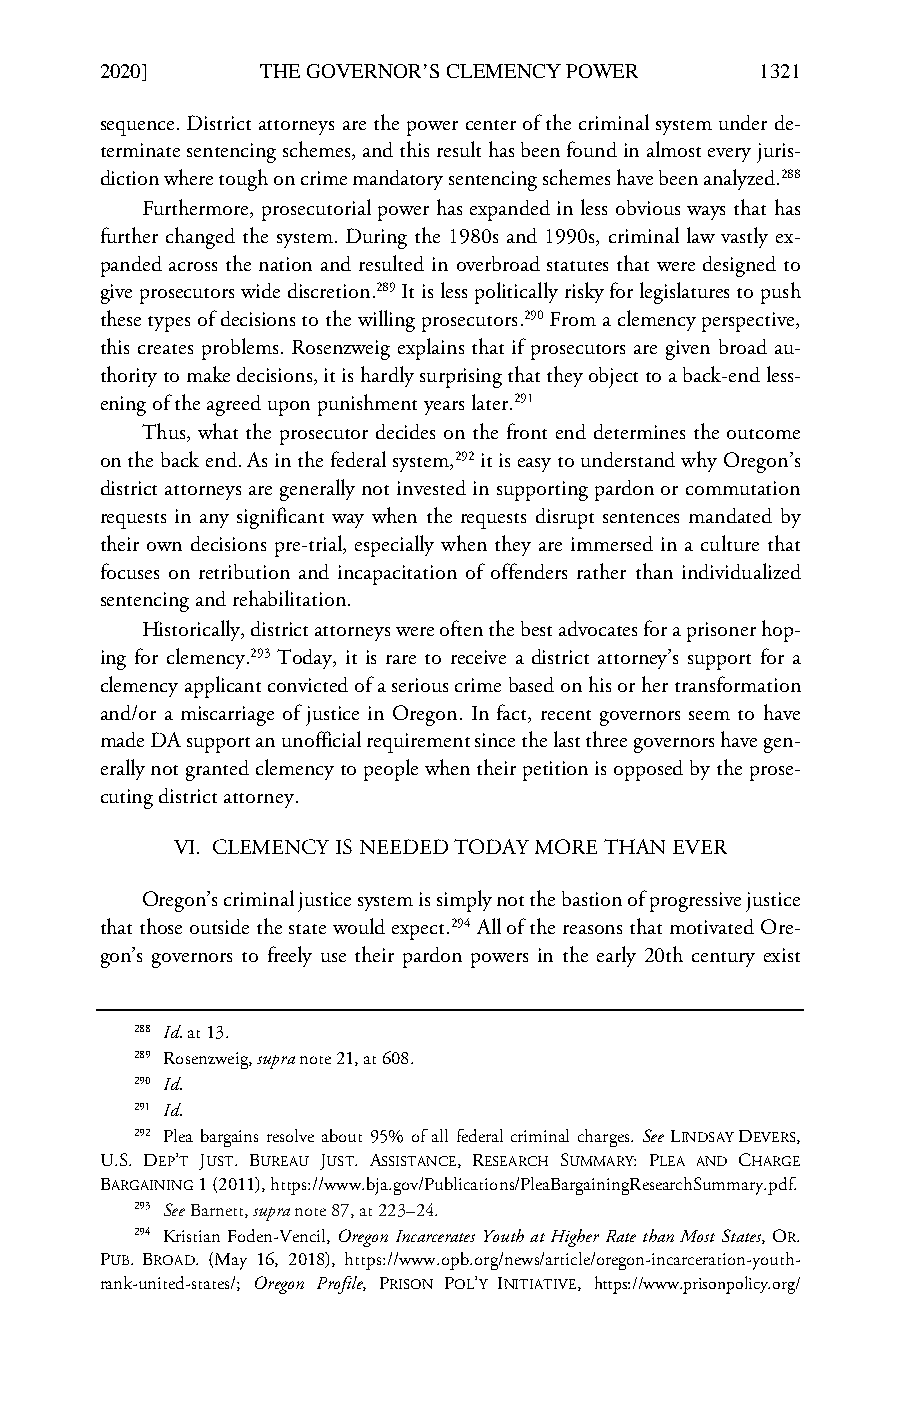
LCB_23_4_Art_4_Kaplan & Mayhew_Correction (Do Not Delete) 2/7/2020 2:20 PM
 2020]      THE GOVERNOR’S CLEMENCY POWER    1321
 sequence. District attorneys are the power center of the criminal system under de-
 terminate sentencing schemes, and this result has been found in almost every juris-
 diction where tough on crime mandatory sentencing schemes have been analyzed.288
 Furthermore, prosecutorial power has expanded in less obvious ways that has
 further changed the system. During the 1980s and 1990s, criminal law vastly ex-
 panded across the nation and resulted in overbroad statutes that were designed to
 give prosecutors wide discretion.289 It is less politically risky for legislatures to push
 these types of decisions to the willing prosecutors.290 From a clemency perspective,
 this creates problems. Rosenzweig explains that if prosecutors are given broad au-
 thority to make decisions, it is hardly surprising that they object to a back-end less-
 ening of the agreed upon punishment years later.291
 Thus, what the prosecutor decides on the front end determines the outcome
 on the back end. As in the federal system,292 it is easy to understand why Oregon’s
 district attorneys are generally not invested in supporting pardon or commutation
 requests in any significant way when the requests disrupt sentences mandated by
 their own decisions pre-trial, especially when they are immersed in a culture that
 focuses on retribution and incapacitation of offenders rather than individualized
 sentencing and rehabilitation.
 Historically, district attorneys were often the best advocates for a prisoner hop-
 ing for clemency.293 Today, it is rare to receive a district attorney’s support for a
 clemency applicant convicted of a serious crime based on his or her transformation
 and/or a miscarriage of justice in Oregon. In fact, recent governors seem to have
 made DA support an unofficial requirement since the last three governors have gen-
 erally not granted clemency to people when their petition is opposed by the prose-
 cuting district attorney.
 VI. CLEMENCY IS NEEDED TODAY MORE THAN EVER
 Oregon’s criminal justice system is simply not the bastion of progressive justice
 that those outside the state would expect.294 All of the reasons that motivated Ore-
 gon’s governors to freely use their pardon powers in the early 20th century exist
 288 Id. at 13.
 289 Rosenzweig, supra note 21, at 608.
 290 Id.
 291 Id.
 292 Plea bargains resolve about 95% of all federal criminal charges. See LINDSAY DEVERS,
 U.S. DEP’T JUST. BUREAU JUST. ASSISTANCE, RESEARCH SUMMARY: PLEA AND CHARGE
 BARGAINING 1 (2011), https://www.bja.gov/Publications/PleaBargainingResearchSummary.pdf.
 293 See Barnett, supra note 87, at 223–24.
 294 Kristian Foden-Vencil, Oregon Incarcerates Youth at Higher Rate than Most States, OR.
 PUB. BROAD. (May 16, 2018), https://www.opb.org/news/article/oregon-incarceration-youth-
 rank-united-states/; Oregon Profile, PRISON POL’Y INITIATIVE, https://www.prisonpolicy.org/